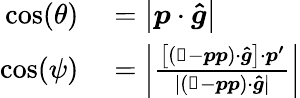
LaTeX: \begin{array}{rl}{\cos(\theta)}&{{}=\left|\boldsymbol{p}\cdot\boldsymbol{\hat{g}}\right|}\\ {\cos(\psi)}&{{}=\left|\frac{\left[\left(\mathbb{1}-\boldsymbol{p}\boldsymbol{p}\right)\cdot\boldsymbol{\hat{g}}\right]\cdot\boldsymbol{p^{\prime}}}{|\left(\mathbb{1}-\boldsymbol{p}\boldsymbol{p}\right)\cdot\boldsymbol{\hat{g}}|}\right|}\end{array}